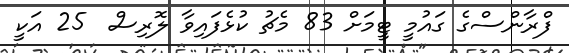
ފްރާންސްގެ ގައުމީ ޓީމަށް 83 މެޗު ކުޅެފައިވާ ލޮރިސް  25 އަކީ